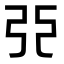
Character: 𫸪